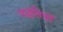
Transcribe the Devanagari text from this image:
पद्धतियोँ